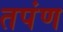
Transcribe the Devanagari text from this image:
तपंण